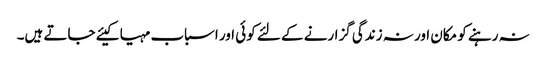
نہ رہنے کو مکان اور نہ زندگی گزارنے کے لئے کوئی اور اسباب مہیا کیئے جاتے ہیں۔